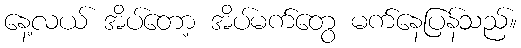
နေ့လယ် အိပ်တော့ အိပ်မက်တွေ မက်နေပြန်သည်။